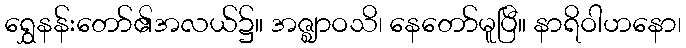
ရွှေနန်းတော်၏အလယ်၌။ အဇ္ဈာဝသိ၊ နေတော်မူပြီ။ နာရိဝါဟနော၊